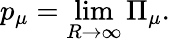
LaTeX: p_{\mu}=\operatorname*{lim}_{R\to\infty}\Pi_{\mu}.